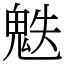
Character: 䰡